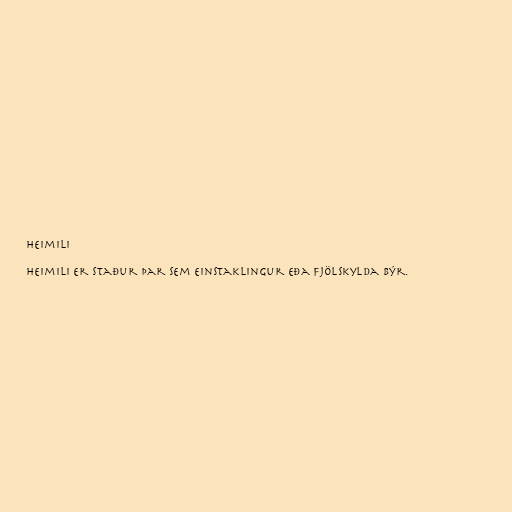
Heimili

Heimili er staður þar sem einstaklingur eða fjölskylda býr.